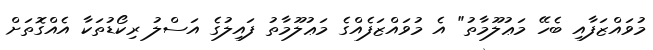
މުވައްޒަފާއި ބެހޭ މަޢުލޫމާތު" އެ މުވައްޒަފެއްގެ މަޢުލޫމާތު ފައިލުގެ އަސްލު ރިކޯޑުތަކާ އެއްގޮތަށް